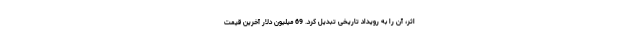
اثر، آن را به رویداد تاریخی تبدیل کرد. 69 میلیون دلار آخرین قیمت